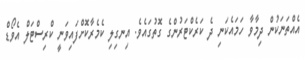
އެއްތަނަކުން ދިމާވާ ހަމައެކަނި ދެ ކަރެކްޓަރުންގެ ގޮތުގައެވެ. އިނގިލި ކެމެރާކޮށްފައިވަނީ ކްރިސްޓަލް އެވޯޑް